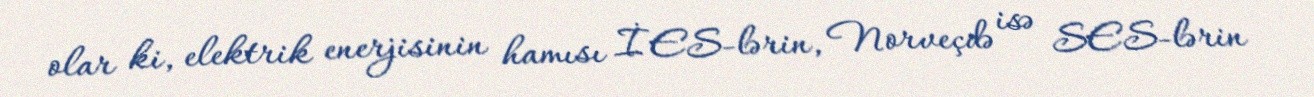
olar ki, elektrik enerjisinin hamısı İES-lərin, Norveçdə isə SES-lərin